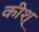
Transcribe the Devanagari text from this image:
कीश्